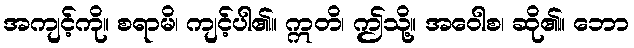
အကျင့်ကို။ စရာမိ၊ ကျင့်ပါ၏။ ဣတိ၊ ဤသို့။ အဝေါစ၊ ဆို၏။ ဘော